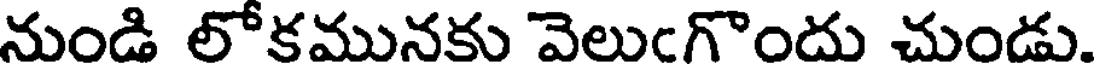
నుండి లోకమునకు వెలుఁగొందు చుండు.